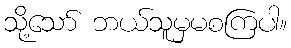
သို့သော် ဘယ်သူမှမစကြပါ။